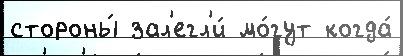
стороны́ зал'егл'и́ мо́гут когда́